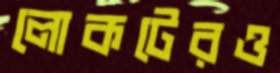
লোকটেরও